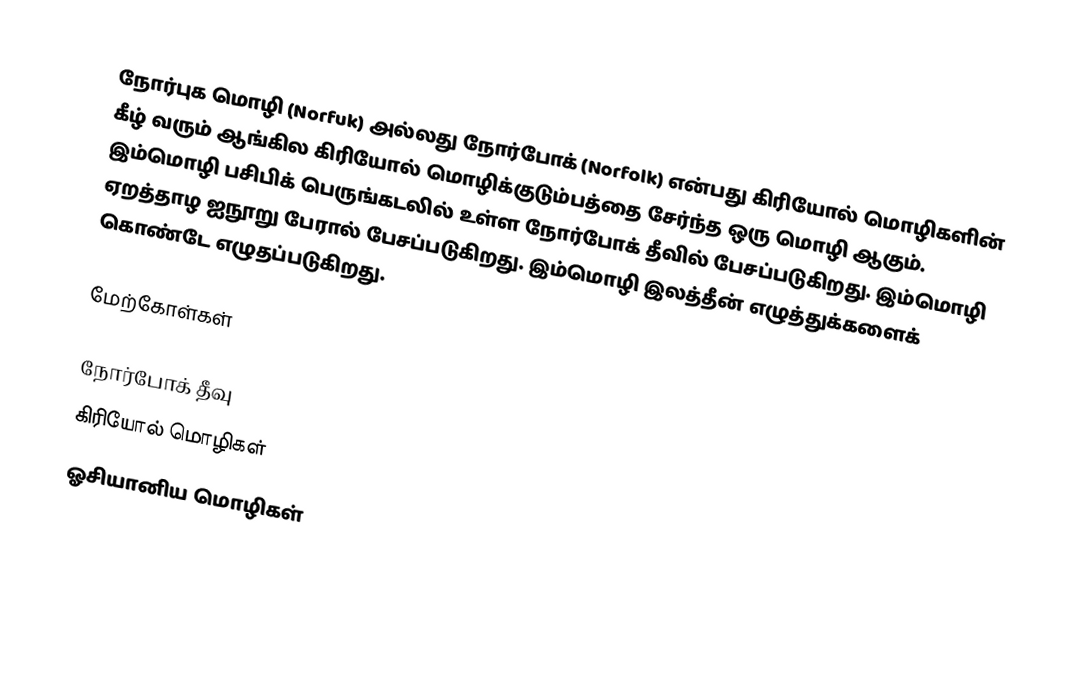
நோர்புக மொழி (Norfuk) அல்லது நோர்போக் (Norfolk) என்பது கிரியோல் மொழிகளின் கீழ் வரும் ஆங்கில கிரியோல் மொழிக்குடும்பத்தை சேர்ந்த ஒரு மொழி ஆகும். இம்மொழி பசிபிக் பெருங்கடலில் உள்ள நோர்போக் தீவில் பேசப்படுகிறது. இம்மொழி ஏறத்தாழ ஐநூறு பேரால் பேசப்படுகிறது. இம்மொழி இலத்தீன் எழுத்துக்களைக் கொண்டே எழுதப்படுகிறது.

மேற்கோள்கள்

நோர்போக் தீவு
கிரியோல் மொழிகள்
ஓசியானிய மொழிகள்